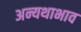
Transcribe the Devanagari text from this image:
अन्यथाभाव